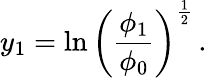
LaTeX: y_{1}=\ln\left({{\frac{\phi_{1}}{\phi_{0}}}}\right)^{\frac{1}{2}}\, .